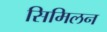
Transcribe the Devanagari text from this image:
सिमिलन